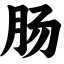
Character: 肠